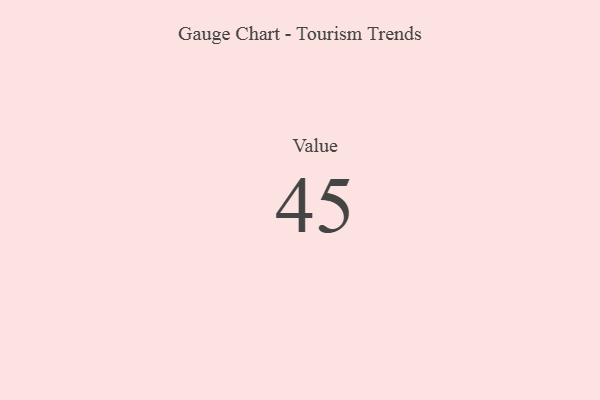
{"axis": {"x": "Metric", "y": "Value"}, "legend": [""], "data": [{"x": "Value", "y": 45, "type": ""}]}